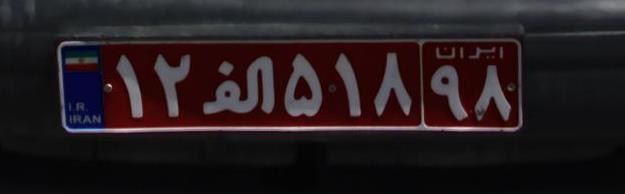
۱۲ا۵۱۸۹۸